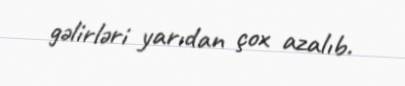
gəlirləri yarıdan çox azalıb.